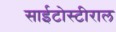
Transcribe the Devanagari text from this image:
साईटोस्टीराल